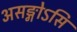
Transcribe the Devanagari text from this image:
असङ्गोऽसि